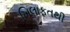
ખિલાફતથી